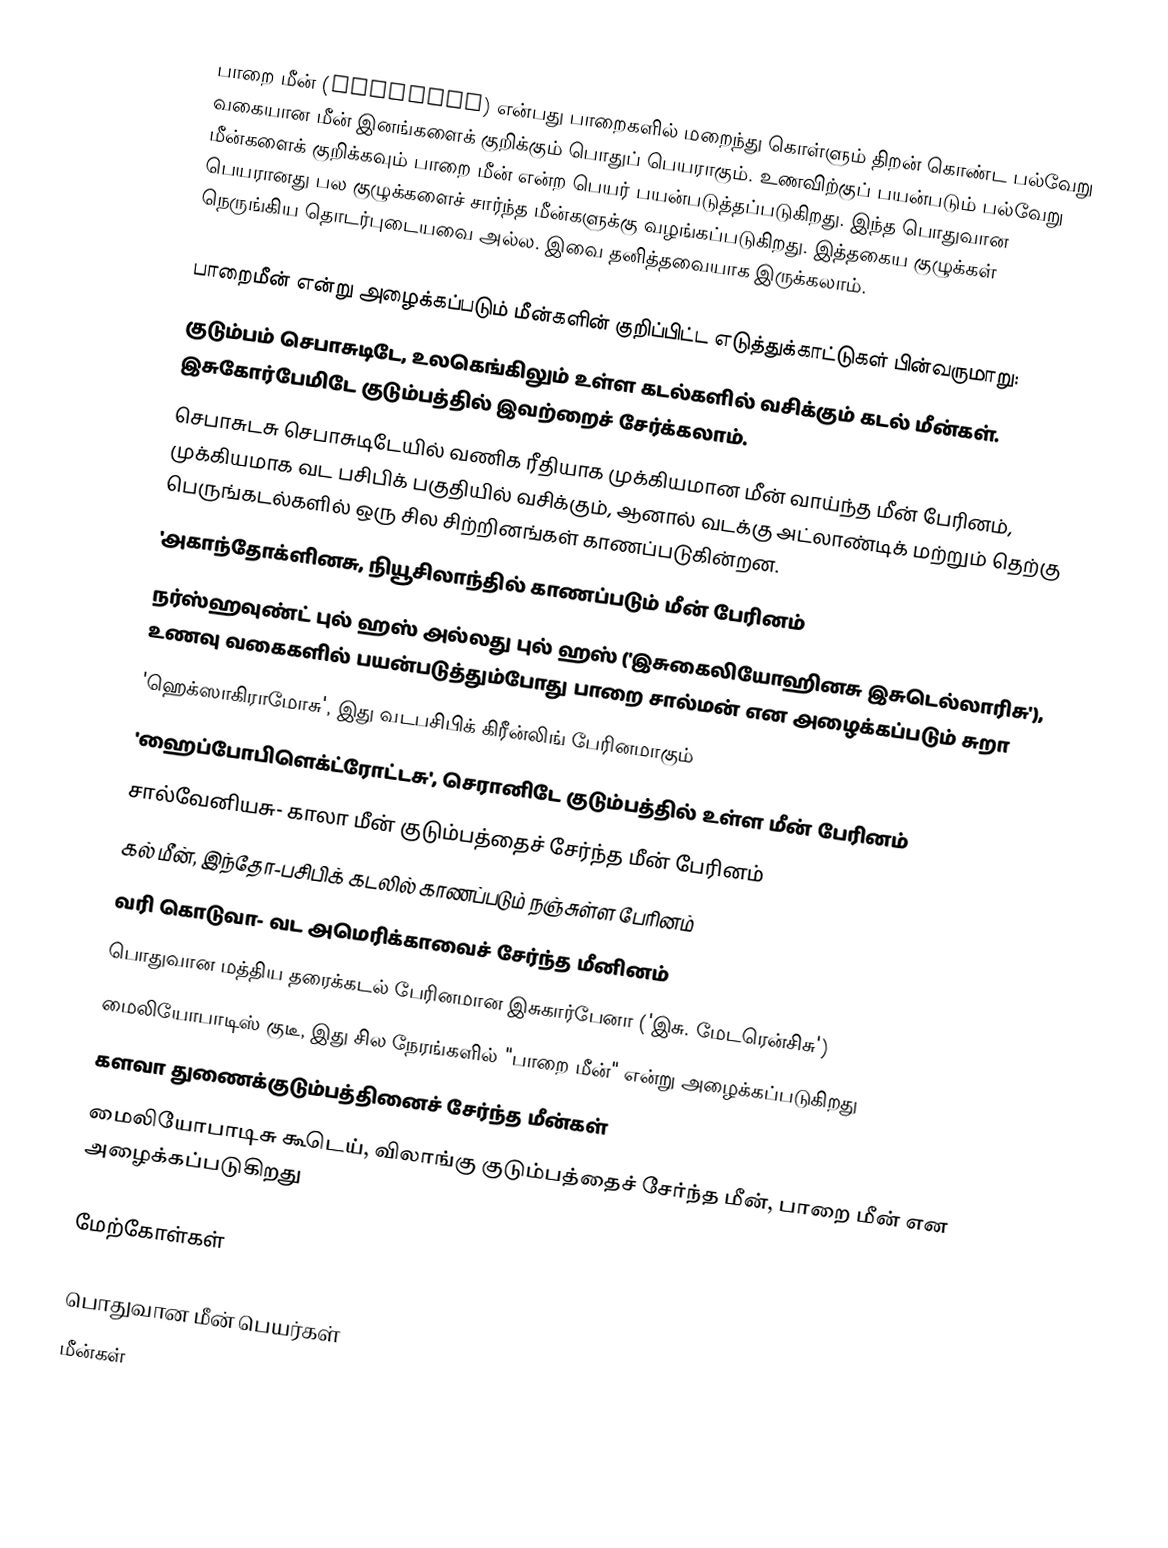
பாறை மீன் (Rockfish) என்பது பாறைகளில் மறைந்து கொள்ளும் திறன் கொண்ட பல்வேறு வகையான மீன் இனங்களைக் குறிக்கும் பொதுப் பெயராகும். உணவிற்குப் பயன்படும் பல்வேறு மீன்களைக் குறிக்கவும் பாறை மீன் என்ற பெயர் பயன்படுத்தப்படுகிறது. இந்த பொதுவான பெயரானது பல குழுக்களைச் சார்ந்த மீன்களுக்கு வழங்கப்படுகிறது. இத்தகைய குழுக்கள் நெருங்கிய தொடர்புடையவை அல்ல. இவை தனித்தவையாக இருக்கலாம்.

பாறைமீன் என்று அழைக்கப்படும் மீன்களின் குறிப்பிட்ட எடுத்துக்காட்டுகள் பின்வருமாறு:
 குடும்பம் செபாசுடிடே, உலகெங்கிலும் உள்ள கடல்களில் வசிக்கும் கடல் மீன்கள். இசுகோர்பேமிடே குடும்பத்தில் இவற்றைச் சேர்க்கலாம்.
 செபாசுடசு செபாசுடிடேயில் வணிக ரீதியாக முக்கியமான மீன் வாய்ந்த மீன் பேரினம், முக்கியமாக வட பசிபிக் பகுதியில் வசிக்கும், ஆனால் வடக்கு அட்லாண்டிக் மற்றும் தெற்கு பெருங்கடல்களில் ஒரு சில சிற்றினங்கள் காணப்படுகின்றன.
 'அகாந்தோக்ளினசு, நியூசிலாந்தில் காணப்படும் மீன் பேரினம்
 நர்ஸ்ஹவுண்ட் புல் ஹஸ் அல்லது புல் ஹஸ் ('இசுகைலியோஹினசு இசுடெல்லாரிசு'), உணவு வகைகளில் பயன்படுத்தும்போது பாறை சால்மன் என அழைக்கப்படும் சுறா
 'ஹெக்ஸாகிராமோசு', இது வடபசிபிக் கிரீன்லிங் பேரினமாகும்
 'ஹைப்போபிளெக்ட்ரோட்டசு', செரானிடே குடும்பத்தில் உள்ள மீன் பேரினம்
 சால்வேனியசு- காலா மீன் குடும்பத்தைச் சேர்ந்த மீன் பேரினம்
 கல் மீன், இந்தோ-பசிபிக் கடலில் காணப்படும் நஞ்சுள்ள பேரினம்
வரி கொடுவா- வட அமெரிக்காவைச் சேர்ந்த மீனினம்
 பொதுவான மத்திய தரைக்கடல் பேரினமான இசுகார்பேனா ('இசு. மேடரென்சிசு')
 மைலியோபாடிஸ் குடீ, இது சில நேரங்களில் "பாறை மீன்" என்று அழைக்கப்படுகிறது
களவா துணைக்குடும்பத்தினைச் சேர்ந்த மீன்கள்
மைலியோபாடிசு கூடெய், விலாங்கு குடும்பத்தைச் சேர்ந்த மீன், பாறை மீன் என அழைக்கப்படுகிறது

மேற்கோள்கள்

 பொதுவான மீன் பெயர்கள்
 மீன்கள்